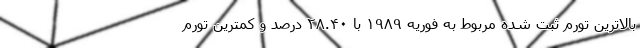
بالاترین تورم ثبت شده مربوط به فوریه ۱۹۸۹ با ۲۸.۴۰ درصد و کمترین تورم